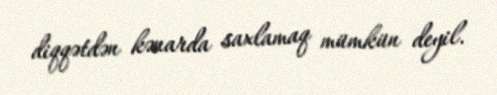
diqqətdən kənarda saxlamaq mümkün deyil.